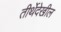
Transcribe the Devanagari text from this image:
तीर्थेदेखील